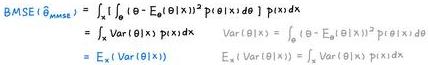
\[
\begin{align*}
\text{BASE}(\hat{\theta}_{\text{MMSE}})&=\int\left[\int(\theta - \mathbb{E}_{\theta|x}[\theta])^2p(\theta|x)d\theta\right]p(x)dx\\
&=\int_{\mathcal{X}}\text{Var}(\theta|x)p(x)dx=\mathbb{E}_{x}[\text{Var}(\theta|x)]=\int_{\mathcal{X}}\text{Var}(\theta|x)p(x)dx
\end{align*}
\]